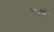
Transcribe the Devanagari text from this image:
पायचे